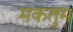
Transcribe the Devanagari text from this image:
मकतुम